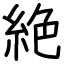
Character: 絶